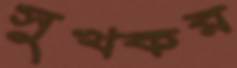
সুখকর